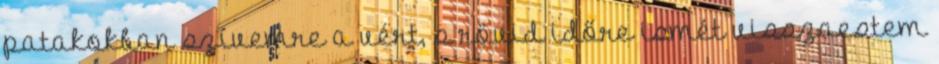
patakokban szívemre a vért, s rövid időre ismét visszaestem